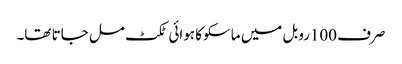
صرف 100روبل میں ماسکو کا ہوائی ٹکٹ مل جاتا تھا۔